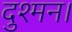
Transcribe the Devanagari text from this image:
दुश्मन।